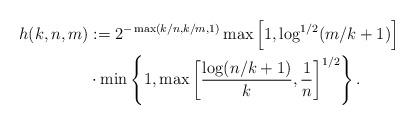
LaTeX: \begin{align*}h(k,n,m) {} & :=2^{-\max(k/n,k/m,1)} \max\left[1,\log^{1/2}(m/k+1)\right] \\{} & \cdot \min\left\{1 , \max\left[ \frac{\log(n/k+1)}{k} , \frac{1}{n} \right]^{1/2} \right\}.\end{align*}